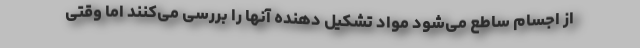
از اجسام ساطع می‌شود مواد تشکیل دهنده آنها را بررسی می‌کنند اما وقتی